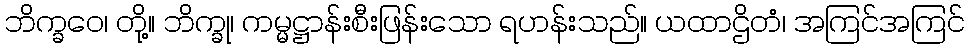
ဘိက္ခဝေ၊ တို့။ ဘိက္ခု၊ ကမ္မဋ္ဌာန်းစီးဖြန်းသော ရဟန်းသည်။ ယထာဌိတံ၊ အကြင်အကြင်